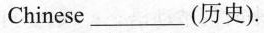
Chinese_(历史).